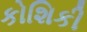
કોશિકી